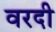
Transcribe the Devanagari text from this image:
वरदी